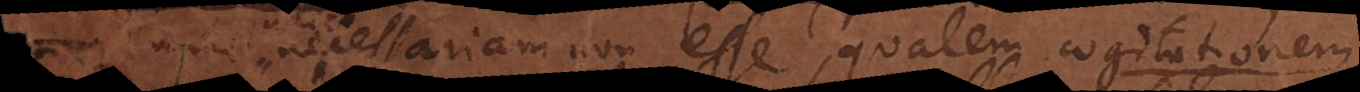
judico necessariam non esse; qualem cogitationem